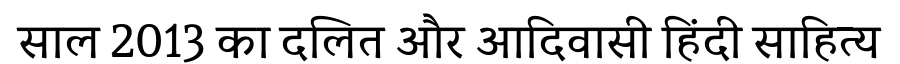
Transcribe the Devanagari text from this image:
साल 2013 का दलित और आदिवासी हिंदी साहित्य